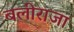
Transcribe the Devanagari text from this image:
बलीराजा